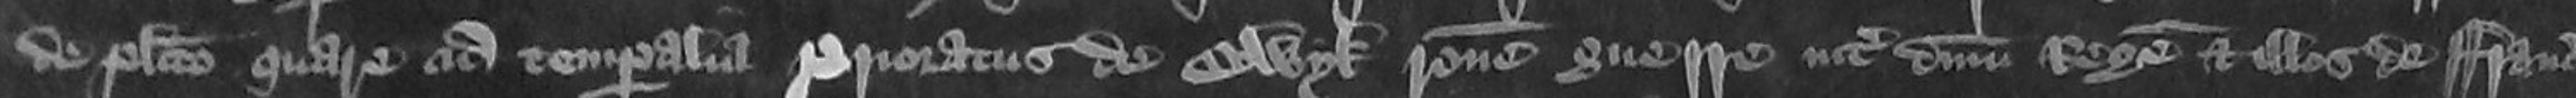
de placito quare cum temporalia Prioratus de Colwyk ratione guerre inter dominum Regem et illos de Francia